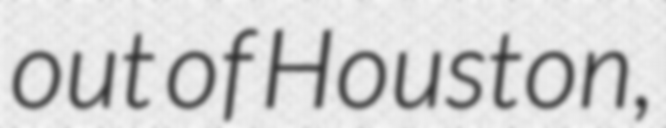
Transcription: out of Houston,